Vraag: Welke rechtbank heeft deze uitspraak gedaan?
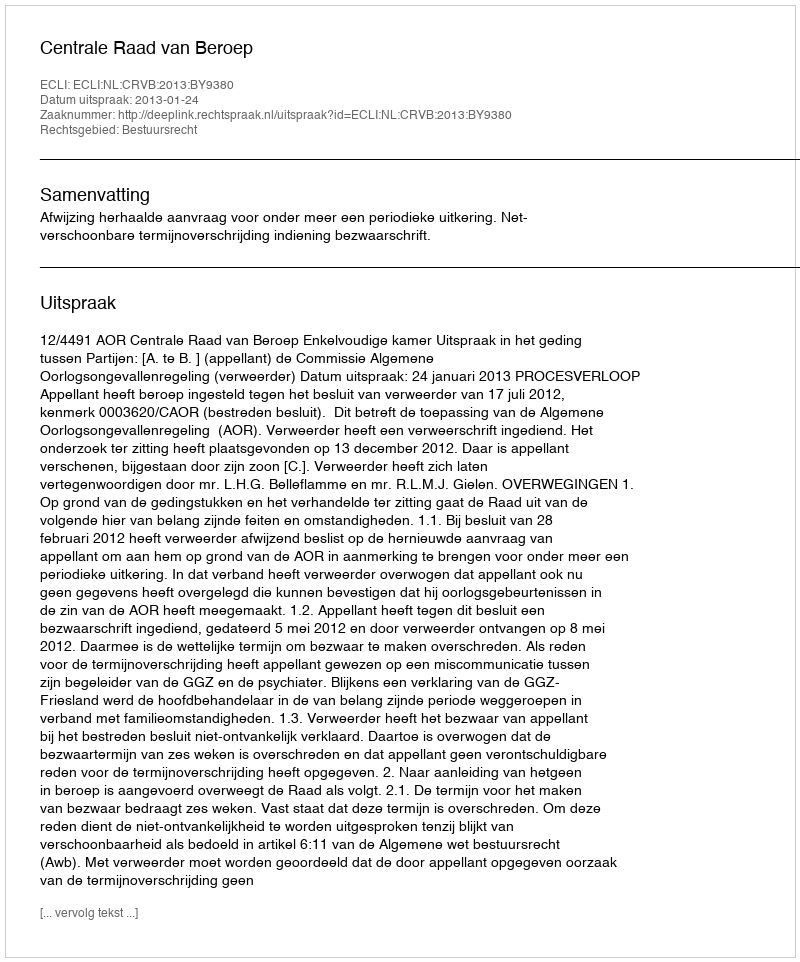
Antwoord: Centrale Raad van Beroep